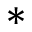
*